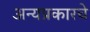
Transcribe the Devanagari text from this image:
अन्यप्रकारचे